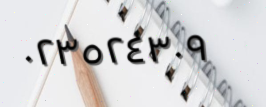
٠٢٣٥٢٤٣٠٩